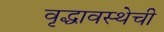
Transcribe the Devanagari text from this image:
वृद्धावस्थेची